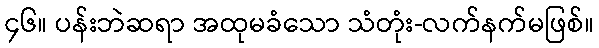
၄၆။ ပန်းဘဲဆရာ အထုမခံသော သံတုံး-လက်နက်မဖြစ်။